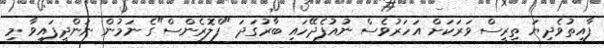
ފާއިތުވެދިޔަ ތިރީސް ވަރަކަށް އަހަރުވެސް ނުއުފެދޭހައި ބާރުގަދަ "ފްލޮރެންސް"ގެ ނަމުން ނަންދީފައިވާ މި